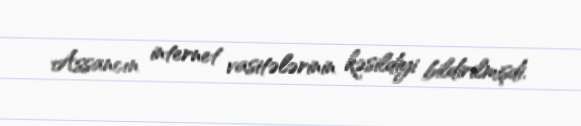
Assancın internet vasitələrinin kəsildiyi bildirilmişdi.